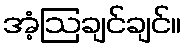
အံ့ဩချင်ချင်။